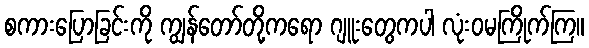
စကားပြောခြင်းကို ကျွန်တော်တို့ကရော ဂျူးတွေကပါ လုံးဝမကြိုက်ကြ။